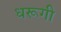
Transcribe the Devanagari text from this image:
धरूगी